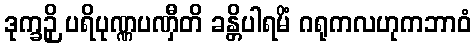
ဒုက္ခဉှိ ပရိပုဏ္ဏပဏှီတိ ခန္တိပါရမိံ ဂရုကလဟုကဘာဝံ